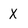
Character: X